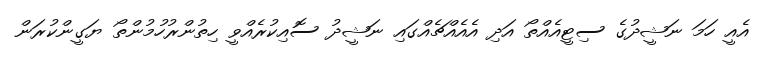
އެއީ ހަމަ ނަޝީދުގެ ސިޓީއެއްތޯ އަދި އެއެއްޗެއްގައި ނަޝީދު ސޮއިކުރެއްވީ ހިތުންރުހުމުންތޯ ޔަގީންކުރަން